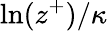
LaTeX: \ln(z^{+})/\kappa